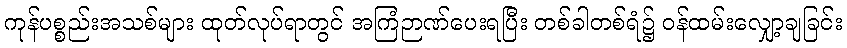
ကုန်ပစ္စည်းအသစ်များ ထုတ်လုပ်ရာတွင် အကြံဉာဏ်ပေးရပြီး တစ်ခါတစ်ရံ၌ ဝန်ထမ်းလျှော့ချခြင်း